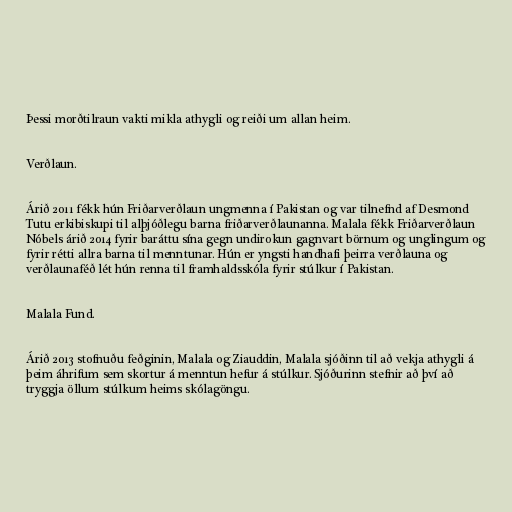
Þessi morðtilraun vakti mikla athygli og reiði um allan heim.

Verðlaun.

Árið 2011 fékk hún Friðarverðlaun ungmenna í Pakistan og var tilnefnd af Desmond
Tutu erkibiskupi til alþjóðlegu barna friðarverðlaunanna. Malala fékk Friðarverðlaun
Nóbels árið 2014 fyrir baráttu sína gegn undirokun gagnvart börnum og unglingum og
fyrir rétti allra barna til menntunar. Hún er yngsti handhafi þeirra verðlauna og
verðlaunaféð lét hún renna til framhaldsskóla fyrir stúlkur í Pakistan.

Malala Fund.

Árið 2013 stofnuðu feðginin, Malala og Ziauddin, Malala sjóðinn til að vekja athygli á
þeim áhrifum sem skortur á menntun hefur á stúlkur. Sjóðurinn stefnir að því að
tryggja öllum stúlkum heims skólagöngu.